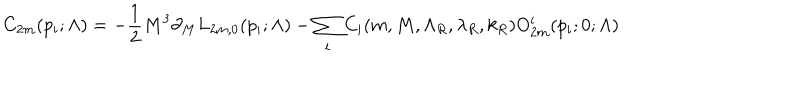
LaTeX: C _ { 2 m } ( p _ { i } ; \Lambda ) = - { \frac { 1 } { 2 } } M ^ { 3 } \partial _ { M } L _ { 2 m , 0 } ( p _ { i } ; \Lambda ) - \sum _ { i } C _ { i } ( m , M , \Lambda _ { R } , \lambda _ { R } , k _ { R } ) O _ { 2 m } ^ { i } ( p _ { i } ; 0 ; \Lambda )